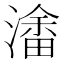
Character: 𭲥